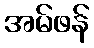
အမ်ဖန်